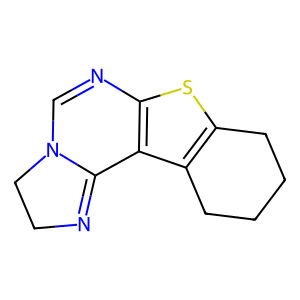
SMILES: C1=Nc2sc3c(c2C2=NCCN12)CCCC3
Inhibits HIV replication: No